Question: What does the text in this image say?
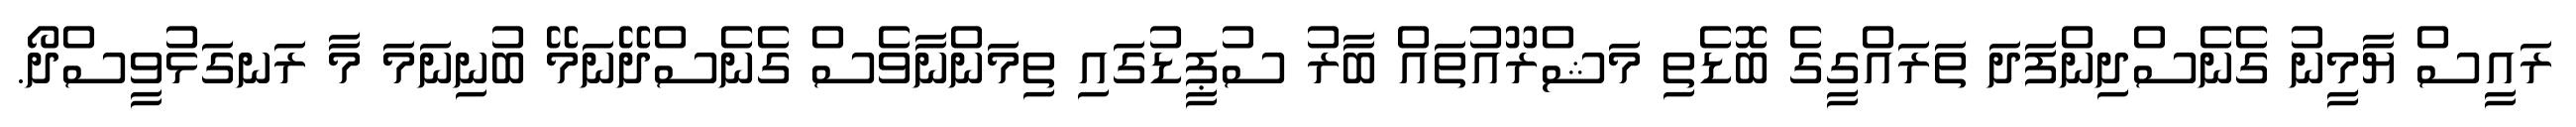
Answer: ރައީސް ޔާމީނު ގެނެސްދިންފަދަ ތަރައްގީގެ ބޮޑެތި މަޝްރޫއުތައް ބާރު ސުޕީޑުގައި ތިމަންނާވެސް ގެނެސްދޭނަމޭ ބުނިނަމަ މާ ރަނގަޅުވީސްދޯ.